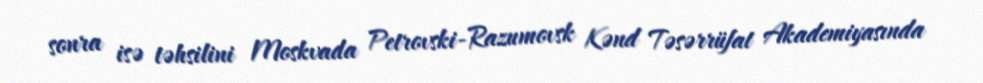
sonra isə təhsilini Moskvada Petrovski-Razumovsk Kənd Təsərrüfat Akademiyasında